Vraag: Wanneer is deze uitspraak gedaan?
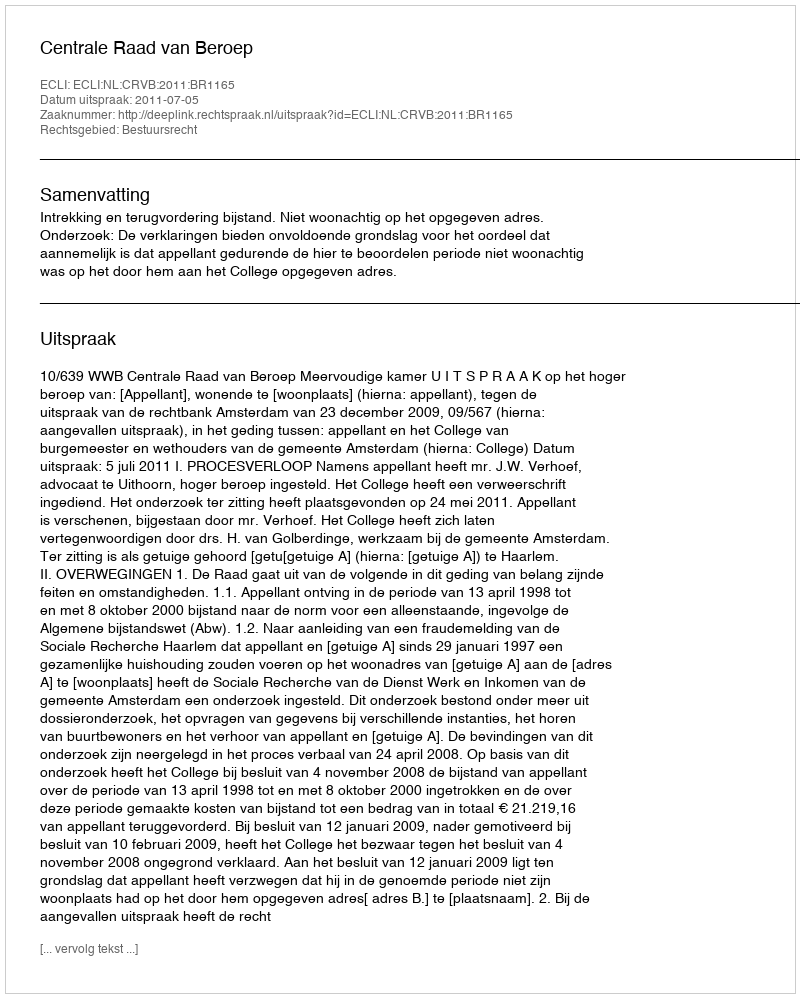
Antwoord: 2011-07-05